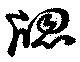
牎